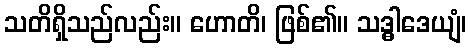
သတိရှိသည်လည်း။ ဟောတိ၊ ဖြစ်၏။ သဒ္ဓါဒေယျံ၊